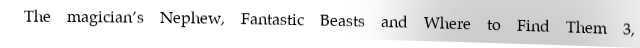
The magician’s Nephew, Fantastic Beasts and Where to Find Them 3,